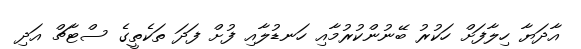
އާދަޔާ ހިލާފަށް ހަކުރު ބޭނުންކުރުމާއި ހަނޑުލާއި ފުށް ފަދަ ތަކެތީގެ ސްޓާޗް އަދި